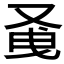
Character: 𭆭